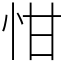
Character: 㤌